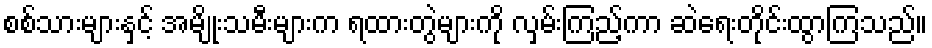
စစ်သားများနှင့် အမျိုးသမီးများက ရထားတွဲများကို လှမ်းကြည့်ကာ ဆဲရေးတိုင်းထွာကြသည်။